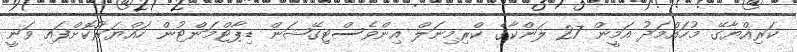
ކަރިއްޔާގޭ މުހައްމަދު އަމީން 27 ލަންކާގެ ކްރިމިނަލް އިންވެސްޓިގޭޝަން ޑިޕާޓްމަންޓުން ހައްޔަރުކޮށްފައި ވަނީ